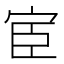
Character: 宦